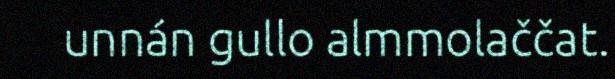
unnán gullo almmolaččat.